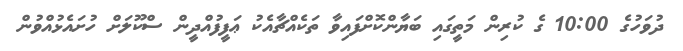
ދުވަހުގެ 10:00 ގެ ކުރިން މަތީގައި ބަޔާންކޮށްފައިވާ ތަކެއްޗާއެކު ޢަފީފުއްދީން ސްކޫލަށް ހުށައެޅުއްވުން